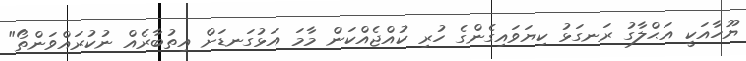
ޔޫހާއަކީ އަޙްލާގު ރަނގަޅު ކިޔަވައިގެންގެ ހުރި ކުއްޖެއްކަން މާމަ އަޅުގަނޑަށް އިތުބާރެއް ނުކުރައްވަންތޯ"